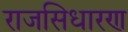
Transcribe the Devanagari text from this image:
राजसिधारण